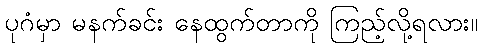
ပုဂံမှာ မနက်ခင်း နေထွက်တာကို ကြည့်လို့ရလား။